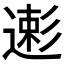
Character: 𱝥